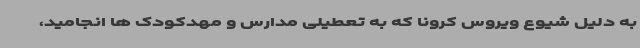
به دلیل شیوع ویروس کرونا که به تعطیلی مدارس و مهدکودک ها انجامید،